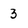
Character: 3